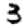
Digit: 3